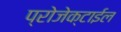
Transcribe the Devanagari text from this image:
प्रोजेक्टाईल